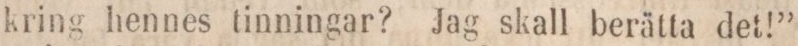
kring hennes tinningar? Jag skall berätta det!”